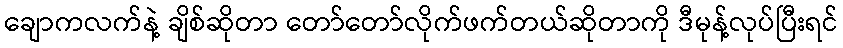
ချောကလက်နဲ့ ချိစ်ဆိုတာ တော်တော်လိုက်ဖက်တယ်ဆိုတာကို ဒီမုန့်လုပ်ပြီးရင်